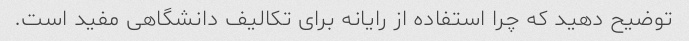
توضیح دهید که چرا استفاده از رایانه برای تکالیف دانشگاهی مفید است.